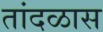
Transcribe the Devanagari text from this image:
तांदळास